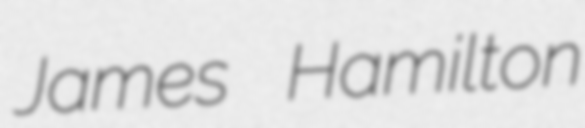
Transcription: James Hamilton